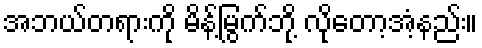
အဘယ်တရားကို မိန့်မြွက်ဘို့ လိုတော့အံ့နည်း။